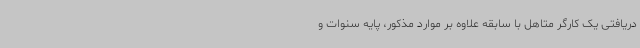
دریافتی یک کارگر متاهل با سابقه علاوه بر موارد مذکور، پایه سنوات و